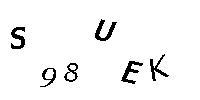
S98UEK